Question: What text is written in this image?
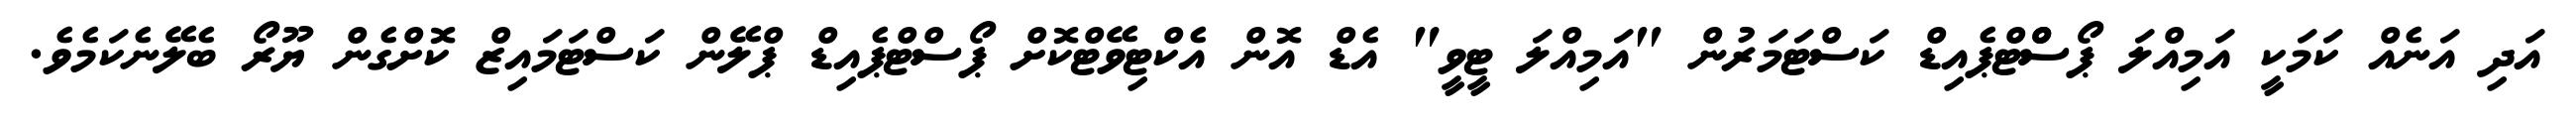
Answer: އަދި އަނެއް ކަމަކީ އަމިއްލަ ޕޯސްްޓްޕެއިޑް ކަސްޓަމަރުން "އަމިއްލަ ޓީވީ" އެޑް އޮން އެކްޓިވޭޓްކޮށް ޕޯސްޓްޕެއިޑް ޕްލޭން ކަސްޓަމައިޒް ކޮށްގެން ޔޫރޯ ބެލޭނެކަމެވެ.